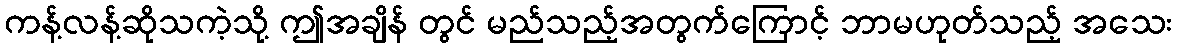
ကန့်လန့်ဆိုသကဲ့သို့ ဤအချိန် တွင် မည်သည့်အတွက်ကြောင့် ဘာမဟုတ်သည့် အသေး